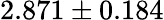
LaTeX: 2.871\pm 0.184